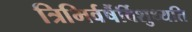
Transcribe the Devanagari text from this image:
त्रिभिर्वर्षैर्विशुध्यति